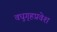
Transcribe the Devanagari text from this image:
वधुगृहप्रवेश